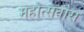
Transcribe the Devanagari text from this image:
महोत्सवास